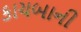
કાચબાની